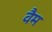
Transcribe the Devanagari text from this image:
वैम